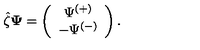
\hat { \zeta } { \bf \Psi } = \left( \begin{array} { c } { \Psi ^ { ( + ) } } \\ { - \Psi ^ { ( - ) } } \\ \end{array} \right) .